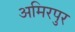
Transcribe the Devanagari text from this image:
अमिरपुर